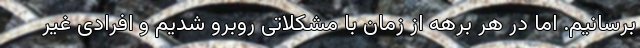
برسانیم. اما در هر برهه از زمان با مشکلاتی روبرو شدیم و افرادی غیر